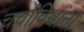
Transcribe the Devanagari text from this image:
चर्चाविश्वांना